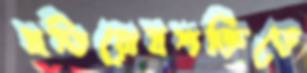
প্রতিরোধশক্তিতে